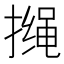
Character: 𱠰